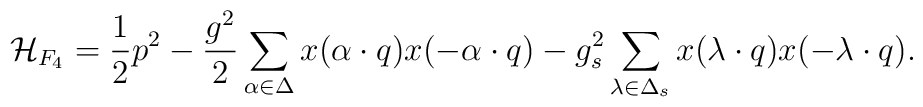
{\cal H}_{F_4}={1\over2}p^2-{g^2\over2}   \sum_{\alpha\in\Delta}   	x(\alpha\cdot q)x(-\alpha\cdot q)-   {g_s^2}\sum_{\lambda\in\Delta_s}   	x(\lambda\cdot q)x(-\lambda\cdot q).